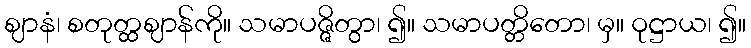
ဈာနံ၊ စတုတ္ထဈာန်ကို။ သမာပဇ္ဇိတွာ၊ ၍။ သမာပတ္တိတော၊ မှ။ ဝုဋ္ဌာယ၊ ၍။